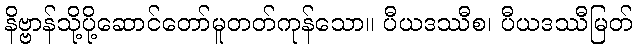
နိဗ္ဗာန်သို့ပို့ဆောင်တော်မူတတ်ကုန်သော။ ပီယဒဿီစ၊ ပီယဒဿီမြတ်